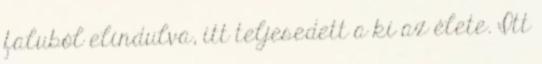
faluból elindulva, itt teljesedett a ki az élete. Itt